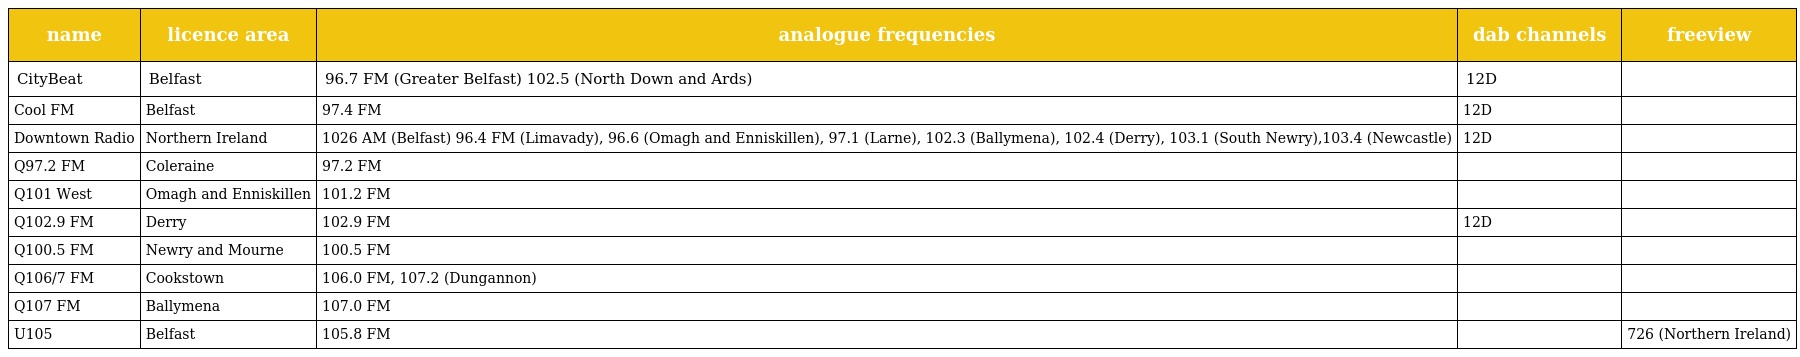
| name | licence area | analogue frequencies | dab channels | freeview |
 | --- | --- | --- | --- | --- |
 | CityBeat | Belfast | 96.7 FM (Greater Belfast) 102.5 (North Down and Ards) | 12D |  |
 | Cool FM | Belfast | 97.4 FM | 12D |  |
 | Downtown Radio | Northern Ireland | 1026 AM (Belfast) 96.4 FM (Limavady), 96.6 (Omagh and Enniskillen), 97.1 (Larne), 102.3 (Ballymena), 102.4 (Derry), 103.1 (South Newry),103.4 (Newcastle) | 12D |  |
 | Q97.2 FM | Coleraine | 97.2 FM |  |  |
 | Q101 West | Omagh and Enniskillen | 101.2 FM |  |  |
 | Q102.9 FM | Derry | 102.9 FM | 12D |  |
 | Q100.5 FM | Newry and Mourne | 100.5 FM |  |  |
 | Q106/7 FM | Cookstown | 106.0 FM, 107.2 (Dungannon) |  |  |
 | Q107 FM | Ballymena | 107.0 FM |  |  |
 | U105 | Belfast | 105.8 FM |  | 726 (Northern Ireland) |